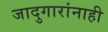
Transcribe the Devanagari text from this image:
जादुगारांनाही